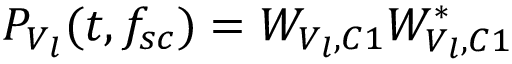
P _ { V _ { l } } ( t , f _ { s c } ) = W _ { V _ { l } , C 1 } W _ { V _ { l } , C 1 } ^ { * }